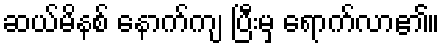
ဆယ်မိနစ် နောက်ကျ ပြီးမှ ရောက်လာ၏။